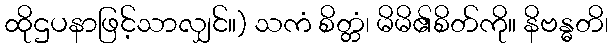
ထိုဌပနာဖြင့်သာလျှင်။) သကံ စိတ္တံ၊ မိမိ၏စိတ်ကို။ နိဗန္ဓတိ၊